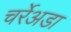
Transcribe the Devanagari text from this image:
चर्रेअडा